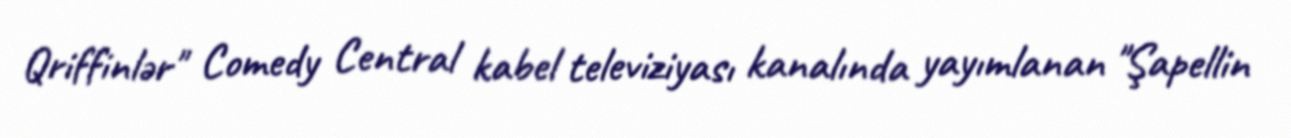
Qriffinlər" Comedy Central kabel televiziyası kanalında yayımlanan "Şapellin